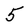
Character: 5